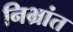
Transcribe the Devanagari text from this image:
निभ्रांत